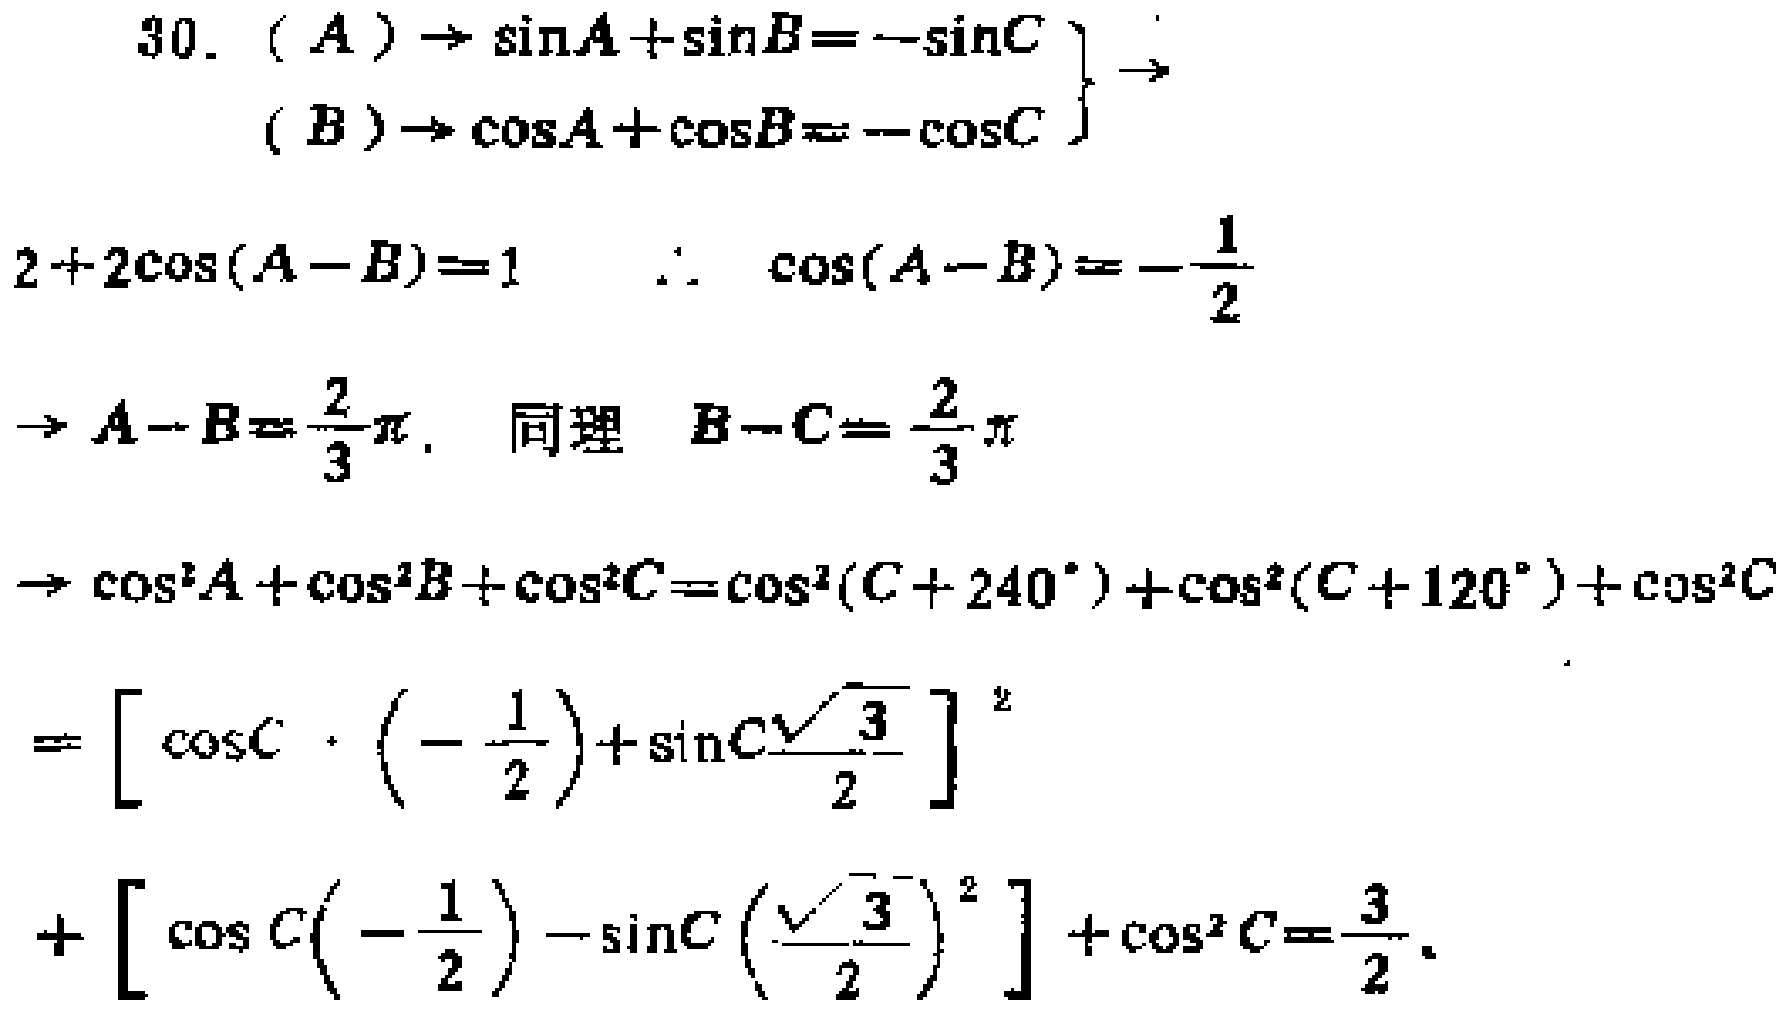
\[
\begin{align*}
&(A)\to\sin A+\sin B = -\sin C\\
&(B)\to\cos A+\cos B = -\cos C\\
\end{align*}
\]
\[
\begin{align*}
&2 + 2\cos(A - B)=1\quad\therefore\cos(A - B)=-\frac{1}{2}\\
&\to A - B=\frac{2}{3}\pi,\text{ 同理 }B - C=\frac{2}{3}\pi\\
&\to\cos^{2}A+\cos^{2}B+\cos^{2}C=\cos^{2}(C + 240^{\circ})+\cos^{2}(C + 120^{\circ})+\cos^{2}C\\
&=\left[\cos C\cdot\left(-\frac{1}{2}\right)+\sin C\frac{\sqrt{3}}{2}\right]^{2}\\
&+\left[\cos C\left(-\frac{1}{2}\right)-\sin C\left(\frac{\sqrt{3}}{2}\right)\right]^{2}+\cos^{2}C=\frac{3}{2}
\end{align*}
\]